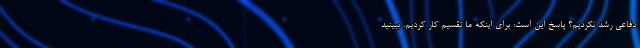
دفاعی رشد نکردیم؟ پاسخ این است: برای اینکه ما تقسیم کار کردیم. ببینید